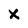
Character: X